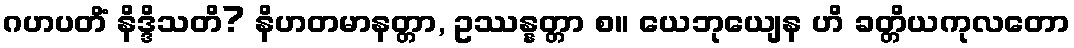
ဂဟပတိံ နိဒ္ဒိသတိ? နိဟတမာနတ္တာ, ဥဿန္နတ္တာ စ။ ယေဘုယျေန ဟိ ခတ္တိယကုလတော